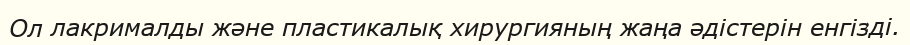
Ол лакрималды және пластикалық хирургияның жаңа әдістерін енгізді.